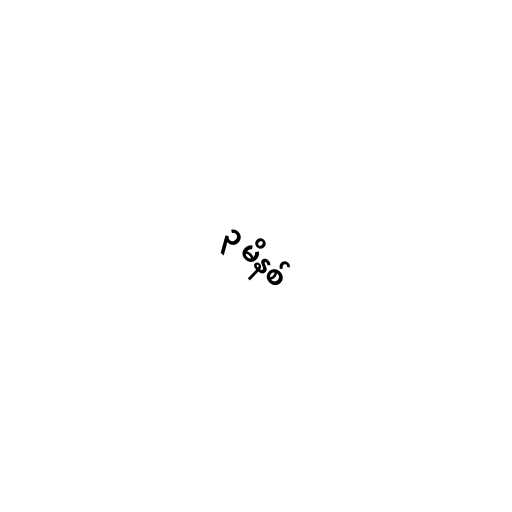
၃ မိနစ်